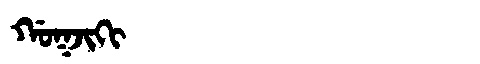
Manchu: ᡤᠣᡴᠵᡳᡴᡳ
Romanization: GOKJIKI